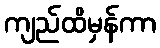
ကျည်ထိမှန်ကာ